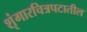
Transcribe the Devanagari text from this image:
शृंगारचित्रपटातील